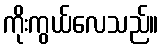
ကိုးကွယ်လေသည်။